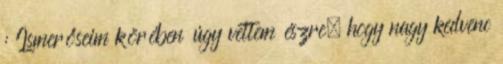
: Ismerőseim körében úgy vettem észre, hogy nagy kedvenc